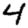
Digit: 4